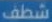
شطف